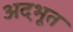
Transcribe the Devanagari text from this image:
अद़भूत